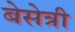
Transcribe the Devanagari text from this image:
बेसेत्री